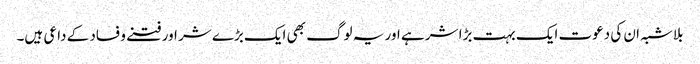
بلاشبہ ان کی دعوت ایک بہت بڑا شر ہے اور یہ لوگ بھی ایک بڑے شر اور فتنے و فساد کے داعی ہیں۔